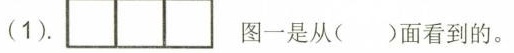
(1)。 图一是从( )面看到的。